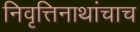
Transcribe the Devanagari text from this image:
निवृत्तिनाथांचाच